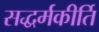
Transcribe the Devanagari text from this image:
सद्धर्मकीर्ति